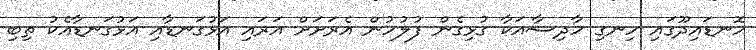
ހޮނޑައިދޫގައި ހިނގި ހާދިސާއަކާ ގުޅިގެން ފުލުހުން އެރަށަށް އަރައި އަޅުގަނޑާއި އަޅުގަނޑާއެކު ތިބި